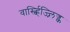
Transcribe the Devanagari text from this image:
वार्स्च्हिज्न्लिज्क